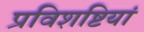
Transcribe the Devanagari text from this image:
प्रविशष्टियां